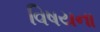
વિષયના